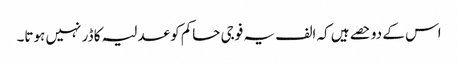
اس کے دو حصے ہیں کہ الف یہ فوجی حاکم کو عدلیہ کا ڈر نہیں ہوتا۔